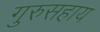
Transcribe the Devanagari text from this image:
गुरुसहाय